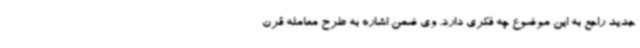
جدید راجع به این موضوع چه فکری دارد. وی ضمن اشاره به طرح معامله قرن